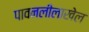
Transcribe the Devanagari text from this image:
पावनलीलाखेल